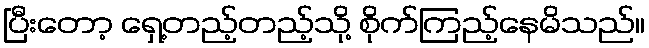
ပြီးတော့ ရှေ့တည့်တည့်သို့ စိုက်ကြည့်နေမိသည်။